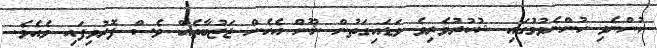
ހުންނެވި ހުންނެވުމުގައި ޝުކުރުވެރިވެ ވަޑައިގަތުން ނޫން އެހެން ޖަޒުބާތެއް ވެސް ފޮރުވިފައި ވެއެވެ.